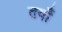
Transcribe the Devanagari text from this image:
तयाँ